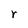
Character: r